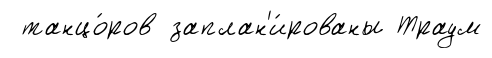
танцо́ров заплан'и́рованы Траум